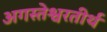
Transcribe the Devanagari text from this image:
अगस्तेश्वरतीर्थ